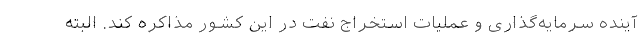
آینده سرمایه‌گذاری و عملیات استخراج نفت در این کشور مذاکره کند. البته